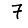
Digit: 7